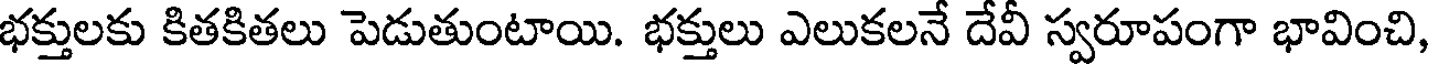
భక్తులకు కితకితలు పెడుతుంటాయి. భక్తులు ఎలుకలనే దేవీ స్వరూపంగా భావించి,